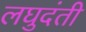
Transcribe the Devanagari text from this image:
लघुदंती